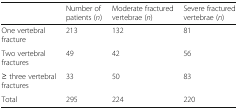
|  | Number of patients (n) | Moderate fractured vertebrae (n) | Severe fractured vertebrae (n) |
 | --- | --- | --- | --- |
 | One vertebral fracture | 213 | 132 | 81 |
 | Two vertebral fractures | 49 | 42 | 56 |
 | ≥ three vertebral fractures | 33 | 50 | 83 |
 | Total | 295 | 224 | 220 |